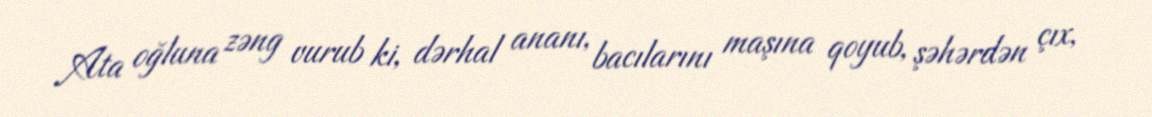
Ata oğluna zəng vurub ki, dərhal ananı, bacılarını maşına qoyub, şəhərdən çıx,